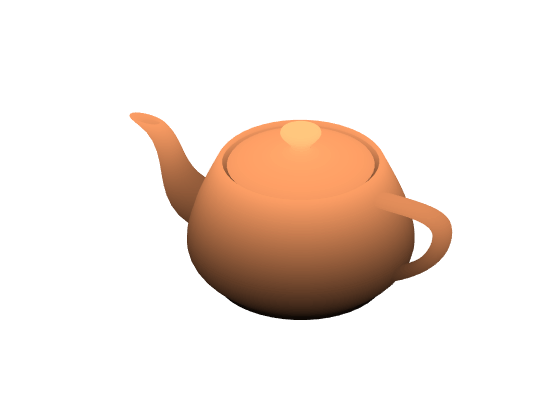
matlab, patch, axis, colormap